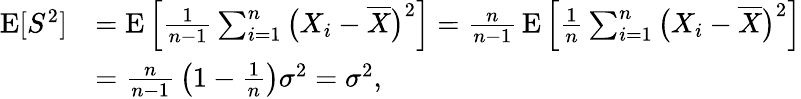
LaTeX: {\begin{array}{rl}{\operatorname{E}[S^{2}]}&{=\operatorname{E}\left[{\frac{1}{n-1}}\sum_{i=1}^{n}{\big(}X_{i}-{\overline{{X}}}{\big)}^{2}\right]={\frac{n}{n-1}}\operatorname{E}\left[{\frac{1}{n}}\sum_{i=1}^{n}{\big(}X_{i}-{\overline{{X}}}{\big)}^{2}\right]}\\ &{={\frac{n}{n-1}}\left(1-{\frac{1}{n}}\right)\sigma^{2}=\sigma^{2},}\end{array}}